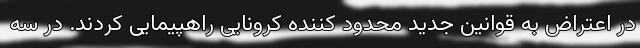
در اعتراض به قوانین جدید محدود کننده کرونایی راهپیمایی کردند. در سه